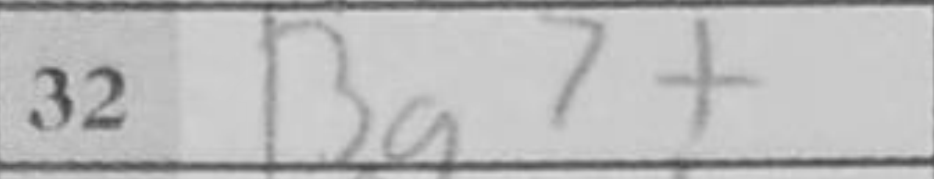
Transcription: Bg7+